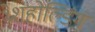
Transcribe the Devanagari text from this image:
थ्रेशहोल्डिंग